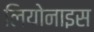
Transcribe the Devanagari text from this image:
लियोनाइस